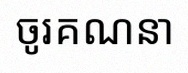
ចូរគណនា